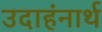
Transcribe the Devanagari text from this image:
उदाहंनार्थ